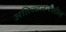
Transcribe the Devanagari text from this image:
अतिज्वलनशील